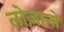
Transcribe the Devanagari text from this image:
लोज़ानो